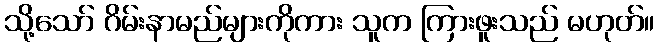
သို့သော် ဂိမ်းနာမည်များကိုကား သူက ကြားဖူးသည် မဟုတ်။